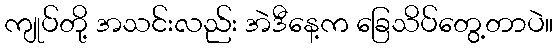
ကျုပ်တို့ အသင်းလည်း အဲဒီနေ့က ခြေသိပ်တွေ့တာပဲ။